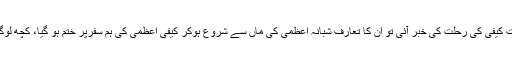
گزشتہ دنوں بھی وہی ہوا کہ جب شوکت کیفی کی رحلت کی خبر آئی تو ان کا تعارف شبانہ اعظمی کی ماں سے شروع ہوکر کیفی اعظمی کی ہم سفرپر ختم ہو گیا، کچھ لوگوں نے بابا اعظمی کا ذکر بھی کر دیا۔